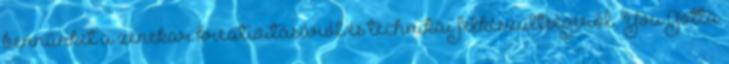
bennünket a zenekar kreativitásáról és technikai felkészültségéről. You Gotta